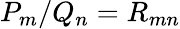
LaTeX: P_{m}/Q_{n}=R_{mn}